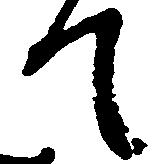
て